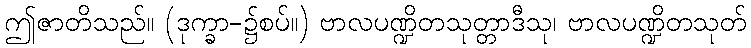
ဤဇာတိသည်။ (ဒုက္ခာ-၌စပ်။) ဗာလပဏ္ဍိတသုတ္တာဒီသု၊ ဗာလပဏ္ဍိတသုတ်